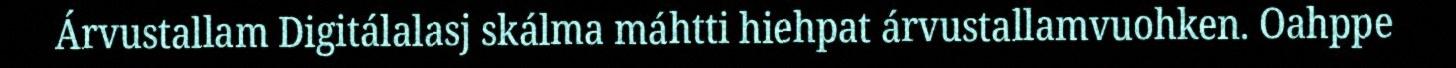
Árvustallam Digitálalasj skálma máhtti hiehpat árvustallamvuohken. Oahppe